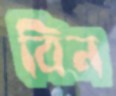
বিন